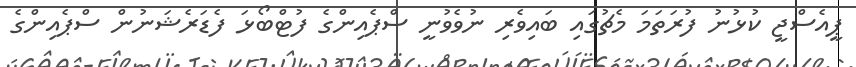
ޕީއެސްޖީ ކުޅުނު ފުރަތަމަ މެޗުގައި ބައިވެރި ނުވެވުނީ ސްޕެއިންގެ ފުޓްބޯޅަ ފެޑަރެޝަނުން ސްޕެއިންގެ